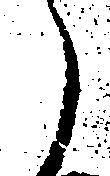
ら